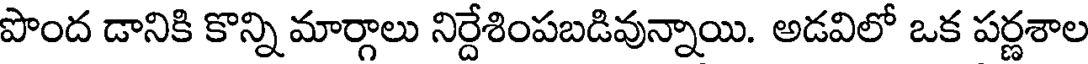
పొంద డానికి కొన్ని మార్గాలు నిర్దేశింపబడివున్నాయి. అడవిలో ఒక పర్ణశాల